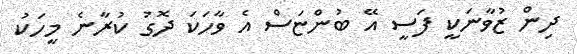
ދިން ޒުވާނަކީ ފަސީ އޭ ބުންޏަސް އެ ވާހަކަ ދޮގު ކުރާނެ މީހަކު